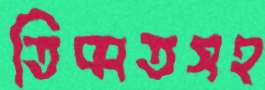
তিব্বতসহ